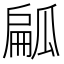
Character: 㼐